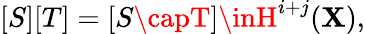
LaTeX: [S][T]=[S\capT]\inH^{i+j}(\mathbf{X}),